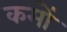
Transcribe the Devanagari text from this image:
कमों